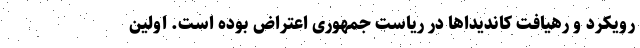
رویکرد و رهیافت کاندیداها در ریاست جمهوری اعتراض بوده است. اولین